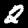
Digit: 2